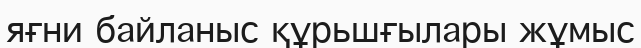
яғни байланыс құрьшғылары жұмыс